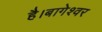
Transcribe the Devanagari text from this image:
है।बागेश्वर